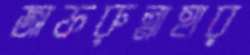
জাফরুন্নাহার